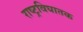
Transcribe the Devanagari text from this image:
राष्ट्रविघातक